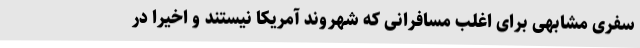
سفری مشابهی برای اغلب مسافرانی که شهروند آمریکا نیستند و اخیرا در